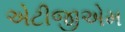
એટીજીએમ